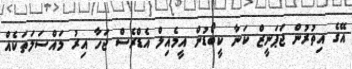
އޭގެ އިތުރުން ޖަޕަނީޒް ކަނާ ކީބޯޑުން އީމެއިލް އެޑްރެސް ޖަހާ އިރު މައްސަލަތަކެއް